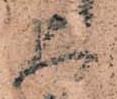
人